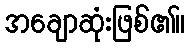
အချောဆုံးဖြစ်၏။